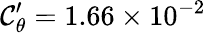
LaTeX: \mathcal{C}_{\theta}^{\prime}=1.66\times10^{-2}